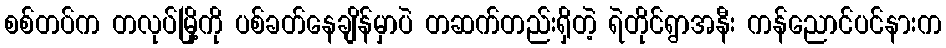
စစ်တပ်က တလုပ်မြို့ကို ပစ်ခတ်နေချိန်မှာပဲ တဆက်တည်းရှိတဲ့ ရဲတိုင်ရွာအနီး ကန်ညောင်ပင်နားက